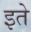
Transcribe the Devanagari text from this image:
इते